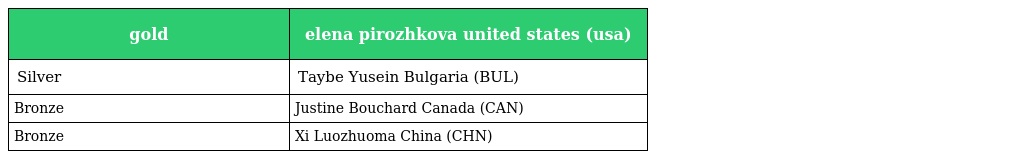
| gold | elena pirozhkova united states (usa) |
 | --- | --- |
 | Silver | Taybe Yusein Bulgaria (BUL) |
 | Bronze | Justine Bouchard Canada (CAN) |
 | Bronze | Xi Luozhuoma China (CHN) |